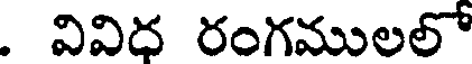
. వివిధ రంగములలో